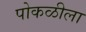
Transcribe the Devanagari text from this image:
पोकळीला